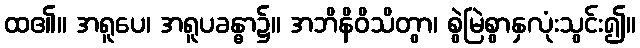
ထ၏။ အရူပေ၊ အရူပခန္ဓာ၌။ အဘိနိဝိသိတွာ၊ စွဲမြဲစွာနှလုံးသွင်း၍။